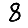
Digit: 8